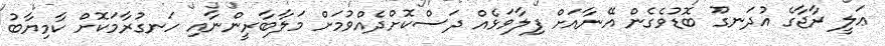
ޢަލީ ރާޖާގެ އުދަނގޫ ބޮޑުވެގެން އޭނާއަށް ފިލާވަޅެއް ދަސްކޮށްދެއްވުމަށް މަލާބާރީންނާއި ހަނގުރާމަކޮށް ކާމިޔާބު